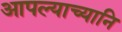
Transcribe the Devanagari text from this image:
आपल्याच्यानि